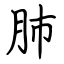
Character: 肺